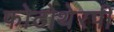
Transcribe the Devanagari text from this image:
फोटोथेरपी